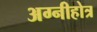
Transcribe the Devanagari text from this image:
अग्नीहोत्र